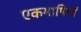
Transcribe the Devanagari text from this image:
एकभाषियों